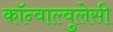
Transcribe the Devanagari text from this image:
कॉन्वाल्वुलेसी